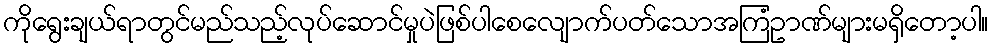
ကိုရွေးချယ်ရာတွင်မည်သည့်လုပ်ဆောင်မှုပဲဖြစ်ပါစေလျောက်ပတ်သောအကြံဥာဏ်များမရှိတော့ပါ။